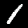
Digit: 1